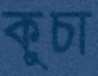
কুচা